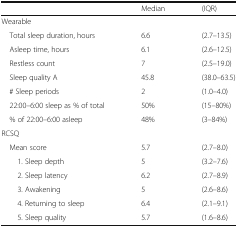
<table><thead><tr><td></td><td><b>Median</b></td><td><b>(IQR)</b></td></tr></thead><tbody><tr><td colspan="3">Wearable</td></tr><tr><td> Total sleep duration, hours</td><td>6.6</td><td>(2.7–13.5)</td></tr><tr><td> Asleep time, hours</td><td>6.1</td><td>(2.6–12.5)</td></tr><tr><td> Restless count</td><td>7</td><td>(2.5–19.0)</td></tr><tr><td> Sleep quality A</td><td>45.8</td><td>(38.0–63.5)</td></tr><tr><td> # Sleep periods</td><td>2</td><td>(1.0–4.0)</td></tr><tr><td> 22:00–6:00 sleep as % of total</td><td>50%</td><td>(15–80%)</td></tr><tr><td> % of 22:00–6:00 asleep</td><td>48%</td><td>(3–84%)</td></tr><tr><td colspan="3">RCSQ</td></tr><tr><td> Mean score</td><td>5.7</td><td>(2.7–8.0)</td></tr><tr><td>1. Sleep depth</td><td>5</td><td>(3.2–7.6)</td></tr><tr><td>2. Sleep latency</td><td>6.2</td><td>(2.7–8.9)</td></tr><tr><td>3. Awakening</td><td>5</td><td>(2.6–8.6)</td></tr><tr><td>4. Returning to sleep</td><td>6.4</td><td>(2.1–9.1)</td></tr><tr><td>5. Sleep quality</td><td>5.7</td><td>(1.6–8.6)</td></tr></tbody></table>